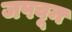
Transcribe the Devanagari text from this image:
जपवून